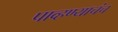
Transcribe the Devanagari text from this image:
पाव्हण्याचंच